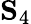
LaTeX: \mathbf{S}_{4}